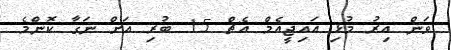
ވަން އިރު މުޅި އައިޖީއެމް އެޗް 15 ބުރި އަށް ނަގާ ކޮންމެ